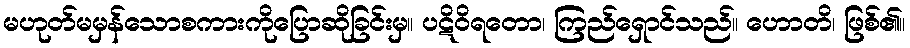
မဟုတ်မမှန်သောစကားကိုပြောဆိုခြင်းမှ။ ပဋိဝိရတော၊ ကြည်ရှောင်သည်။ ဟောတိ၊ ဖြစ်၏။